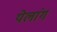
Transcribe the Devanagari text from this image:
येलांग